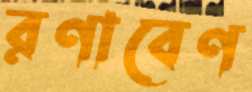
রণাবেণ